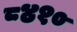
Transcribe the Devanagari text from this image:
८४१०